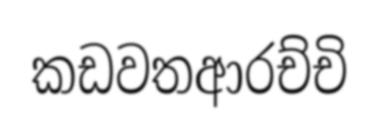
කඩවතආරච්චි